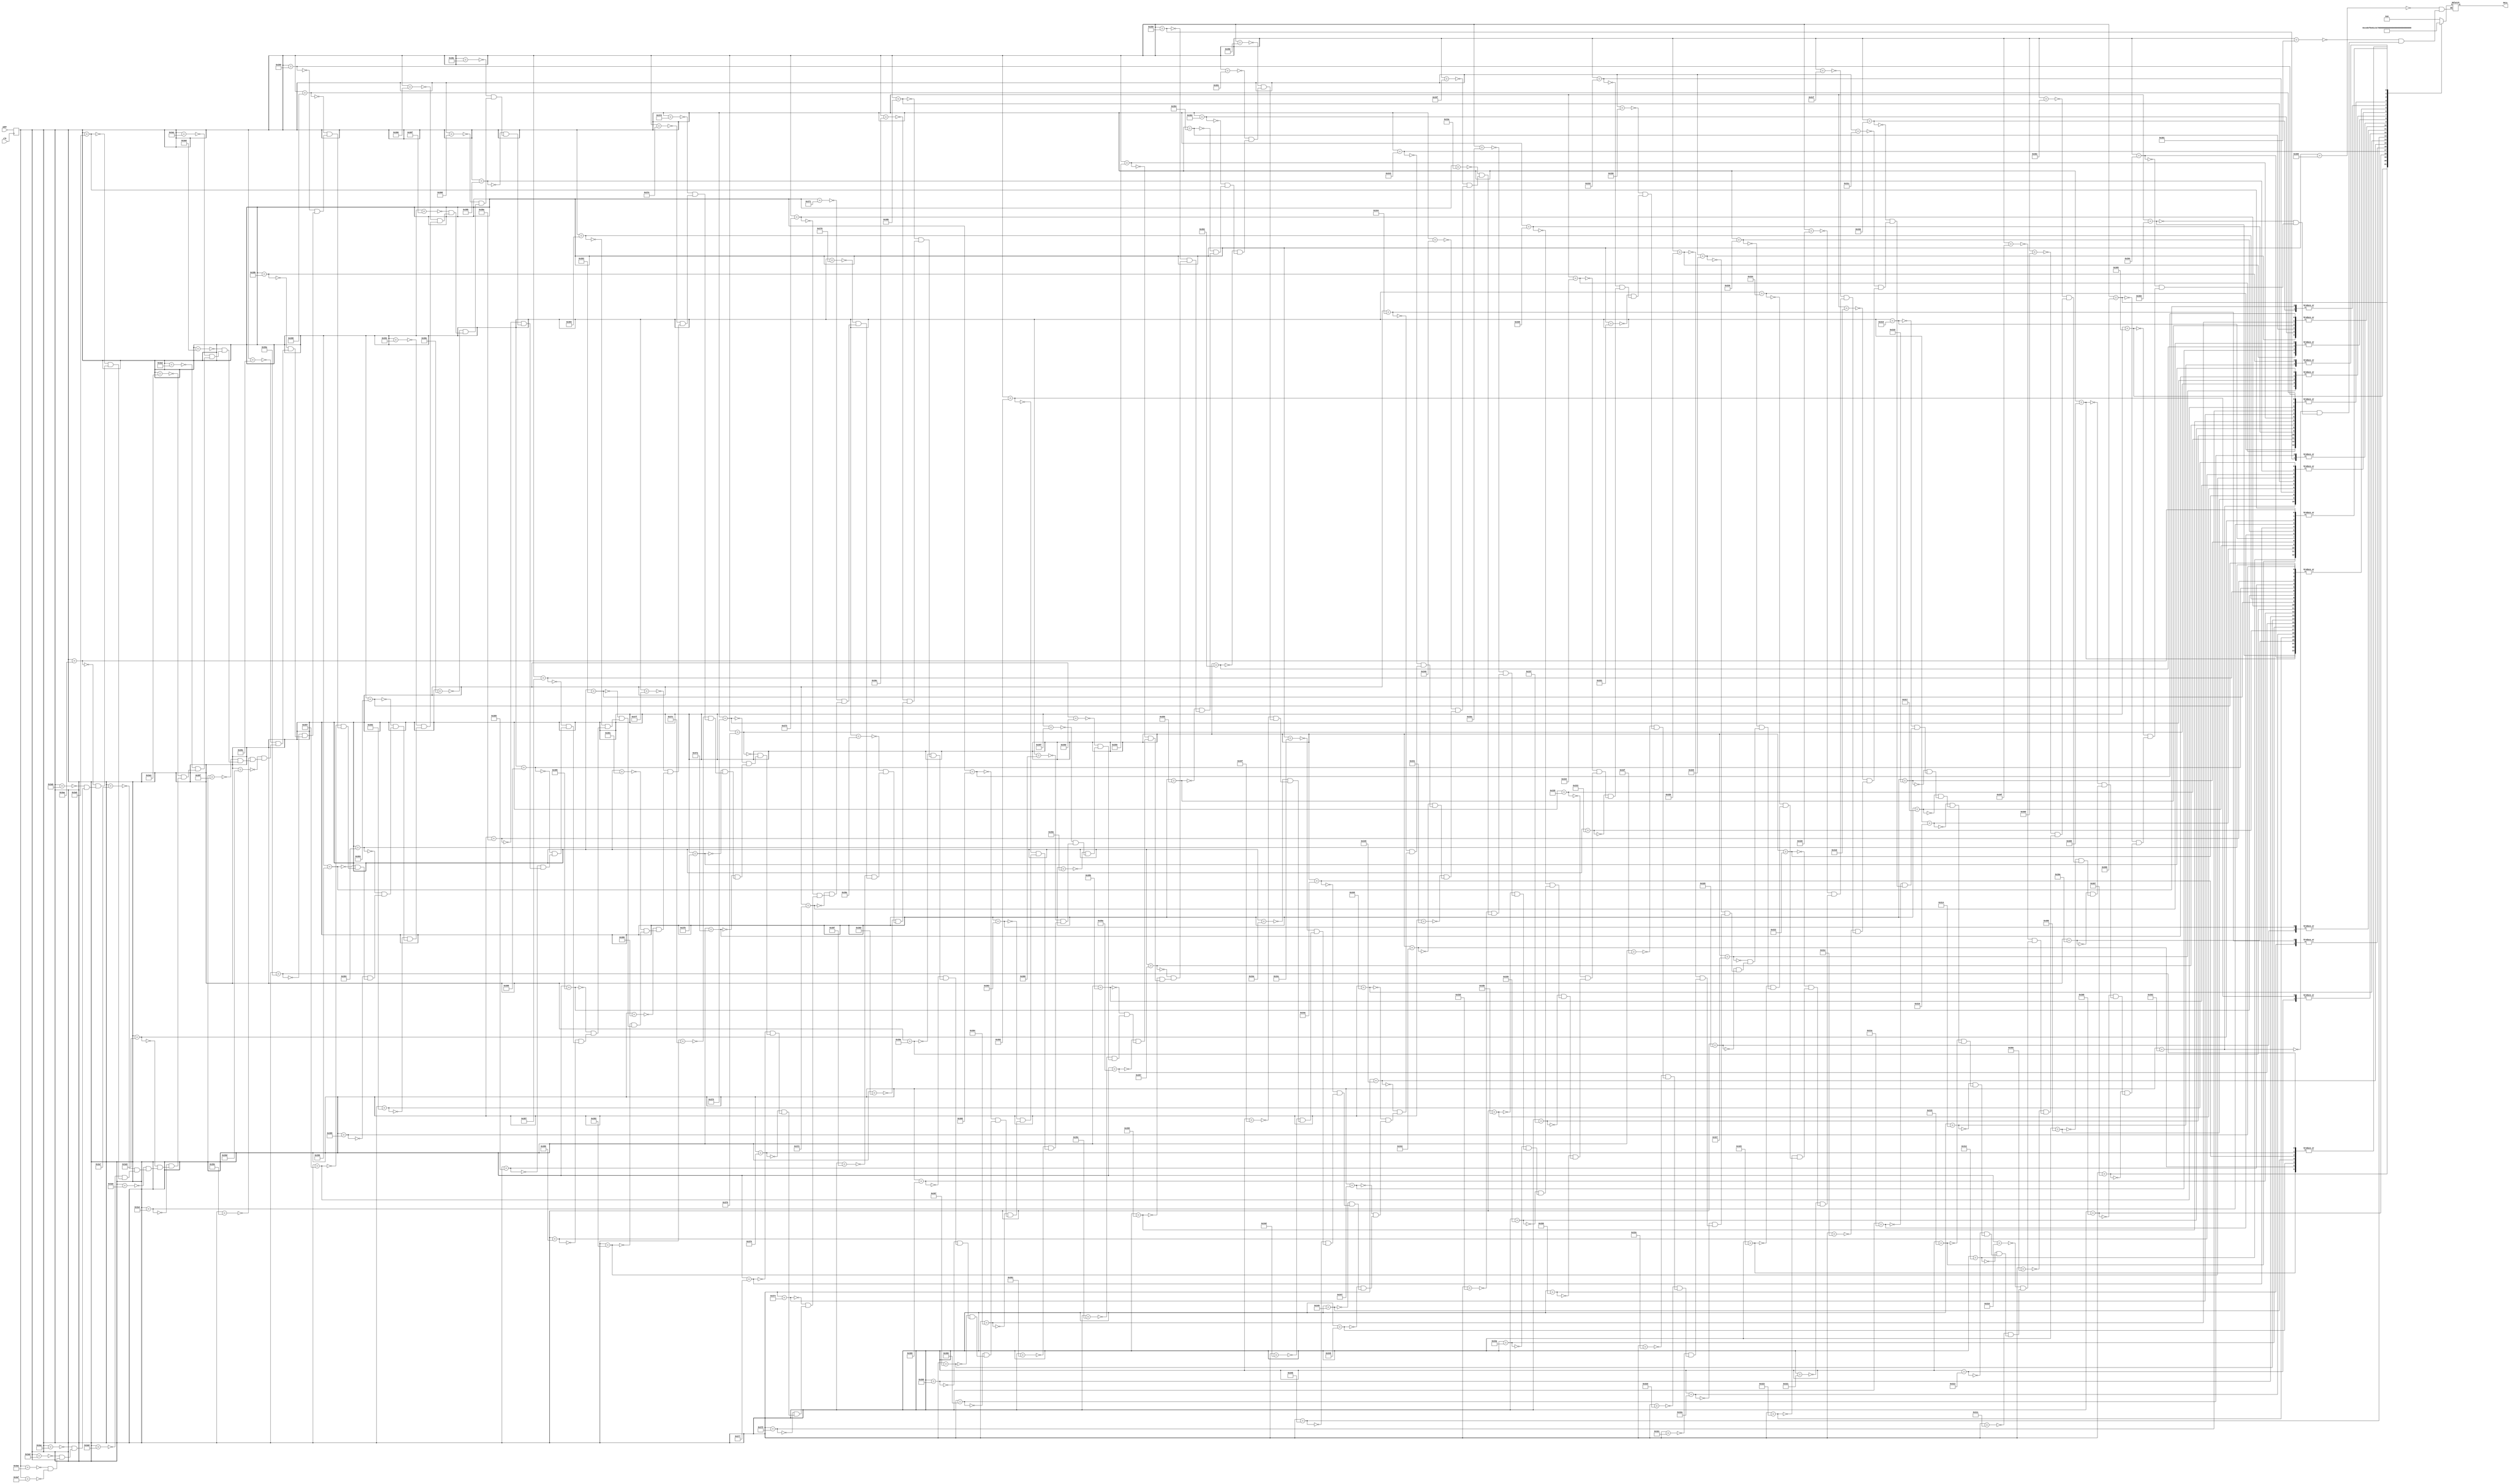
`timescale 1ns / 1ps
//////////////////////////////////////////////////////////////////////////////////
// Company: 
// Engineer: 
// 
// Design Name: 
// Module Name: num_rom
// Project Name: 
// Target Devices: 
// Tool Versions: 
// Description: // ROM with synchonous read (inferring Block RAM)
// character ROM
//  - 8-by-16 (8-by-2^4) font
//  - 11 characters (0-9, :)
//  - ROM size: 11-by-8-by-16 bits
//              1.4K bits: <1 BRAM
// 
// Dependencies: 
// 
// Revision:
// Revision 0.01 - File Created
// Additional Comments:
// 
//////////////////////////////////////////////////////////////////////////////////


module num_rom
   (
    input wire clk,
    input wire [10:0] addr, //[10:4] for ASCII char code, [3:0] for choosing what row to read on a given character code  
    output reg [7:0] data
   );
   (* rom_style = "block" *)	// Infer BRAM
   
   // signal declaration
   reg [10:0] addr_reg; 

   // body
   always @(posedge clk) 
      addr_reg <= addr;
      
   always @*
      case (addr_reg)
         //code x30
         11'h300: data = 8'b00000000; // 
         11'h301: data = 8'b00000000; // 
         11'h302: data = 8'b01111100; //  *****
         11'h303: data = 8'b11000110; // **   **
         11'h304: data = 8'b11000110; // **   **
         11'h305: data = 8'b11001110; // **  ***
         11'h306: data = 8'b11011110; // ** ****
         11'h307: data = 8'b11110110; // **** **
         11'h308: data = 8'b11100110; // ***  **
         11'h309: data = 8'b11000110; // **   **
         11'h30a: data = 8'b11000110; // **   **
         11'h30b: data = 8'b01111100; //  *****
         11'h30c: data = 8'b00000000; // 
         11'h30d: data = 8'b00000000; // 
         11'h30e: data = 8'b00000000; // 
         11'h30f: data = 8'b00000000; // 
         //code x31
         11'h310: data = 8'b00000000; // 
         11'h311: data = 8'b00000000; // 
         11'h312: data = 8'b00011000; // 
         11'h313: data = 8'b00111000; // 
         11'h314: data = 8'b01111000; //    **
         11'h315: data = 8'b00011000; //   ***
         11'h316: data = 8'b00011000; //  ****
         11'h317: data = 8'b00011000; //    **
         11'h318: data = 8'b00011000; //    **
         11'h319: data = 8'b00011000; //    **
         11'h31a: data = 8'b00011000; //    **
         11'h31b: data = 8'b01111110; //    **
         11'h31c: data = 8'b00000000; //    **
         11'h31d: data = 8'b00000000; //  ******
         11'h31e: data = 8'b00000000; // 
         11'h31f: data = 8'b00000000; // 
         //code x32
         11'h320: data = 8'b00000000; // 
         11'h321: data = 8'b00000000; // 
         11'h322: data = 8'b01111100; //  *****
         11'h323: data = 8'b11000110; // **   **
         11'h324: data = 8'b00000110; //      **
         11'h325: data = 8'b00001100; //     **
         11'h326: data = 8'b00011000; //    **
         11'h327: data = 8'b00110000; //   **
         11'h328: data = 8'b01100000; //  **
         11'h329: data = 8'b11000000; // **
         11'h32a: data = 8'b11000110; // **   **
         11'h32b: data = 8'b11111110; // *******
         11'h32c: data = 8'b00000000; // 
         11'h32d: data = 8'b00000000; // 
         11'h32e: data = 8'b00000000; // 
         11'h32f: data = 8'b00000000; // 
         //code x33
         11'h330: data = 8'b00000000; // 
         11'h331: data = 8'b00000000; // 
         11'h332: data = 8'b01111100; //  *****
         11'h333: data = 8'b11000110; // **   **
         11'h334: data = 8'b00000110; //      **
         11'h335: data = 8'b00000110; //      **
         11'h336: data = 8'b00111100; //   ****
         11'h337: data = 8'b00000110; //      **
         11'h338: data = 8'b00000110; //      **
         11'h339: data = 8'b00000110; //      **
         11'h33a: data = 8'b11000110; // **   **
         11'h33b: data = 8'b01111100; //  *****
         11'h33c: data = 8'b00000000; // 
         11'h33d: data = 8'b00000000; // 
         11'h33e: data = 8'b00000000; // 
         11'h33f: data = 8'b00000000; // 
         //code x34
         11'h340: data = 8'b00000000; // 
         11'h341: data = 8'b00000000; // 
         11'h342: data = 8'b00001100; //     **
         11'h343: data = 8'b00011100; //    ***
         11'h344: data = 8'b00111100; //   ****
         11'h345: data = 8'b01101100; //  ** **
         11'h346: data = 8'b11001100; // **  **
         11'h347: data = 8'b11111110; // *******
         11'h348: data = 8'b00001100; //     **
         11'h349: data = 8'b00001100; //     **
         11'h34a: data = 8'b00001100; //     **
         11'h34b: data = 8'b00011110; //    ****
         11'h34c: data = 8'b00000000; // 
         11'h34d: data = 8'b00000000; // 
         11'h34e: data = 8'b00000000; // 
         11'h34f: data = 8'b00000000; // 
         //code x35
         11'h350: data = 8'b00000000; // 
         11'h351: data = 8'b00000000; // 
         11'h352: data = 8'b11111110; // *******
         11'h353: data = 8'b11000000; // **
         11'h354: data = 8'b11000000; // **
         11'h355: data = 8'b11000000; // **
         11'h356: data = 8'b11111100; // ******
         11'h357: data = 8'b00000110; //      **
         11'h358: data = 8'b00000110; //      **
         11'h359: data = 8'b00000110; //      **
         11'h35a: data = 8'b11000110; // **   **
         11'h35b: data = 8'b01111100; //  *****
         11'h35c: data = 8'b00000000; // 
         11'h35d: data = 8'b00000000; // 
         11'h35e: data = 8'b00000000; // 
         11'h35f: data = 8'b00000000; // 
         //code x36
         11'h360: data = 8'b00000000; // 
         11'h361: data = 8'b00000000; // 
         11'h362: data = 8'b00111000; //   ***
         11'h363: data = 8'b01100000; //  **
         11'h364: data = 8'b11000000; // **
         11'h365: data = 8'b11000000; // **
         11'h366: data = 8'b11111100; // ******
         11'h367: data = 8'b11000110; // **   **
         11'h368: data = 8'b11000110; // **   **
         11'h369: data = 8'b11000110; // **   **
         11'h36a: data = 8'b11000110; // **   **
         11'h36b: data = 8'b01111100; //  *****
         11'h36c: data = 8'b00000000; // 
         11'h36d: data = 8'b00000000; // 
         11'h36e: data = 8'b00000000; // 
         11'h36f: data = 8'b00000000; // 
         //code x37
         11'h370: data = 8'b00000000; // 
         11'h371: data = 8'b00000000; // 
         11'h372: data = 8'b11111110; // *******
         11'h373: data = 8'b11000110; // **   **
         11'h374: data = 8'b00000110; //      **
         11'h375: data = 8'b00000110; //      **
         11'h376: data = 8'b00001100; //     **
         11'h377: data = 8'b00011000; //    **
         11'h378: data = 8'b00110000; //   **
         11'h379: data = 8'b00110000; //   **
         11'h37a: data = 8'b00110000; //   **
         11'h37b: data = 8'b00110000; //   **
         11'h37c: data = 8'b00000000; // 
         11'h37d: data = 8'b00000000; // 
         11'h37e: data = 8'b00000000; // 
         11'h37f: data = 8'b00000000; // 
         //code x38
         11'h380: data = 8'b00000000; // 
         11'h381: data = 8'b00000000; // 
         11'h382: data = 8'b01111100; //  *****
         11'h383: data = 8'b11000110; // **   **
         11'h384: data = 8'b11000110; // **   **
         11'h385: data = 8'b11000110; // **   **
         11'h386: data = 8'b01111100; //  *****
         11'h387: data = 8'b11000110; // **   **
         11'h388: data = 8'b11000110; // **   **
         11'h389: data = 8'b11000110; // **   **
         11'h38a: data = 8'b11000110; // **   **
         11'h38b: data = 8'b01111100; //  *****
         11'h38c: data = 8'b00000000; // 
         11'h38d: data = 8'b00000000; // 
         11'h38e: data = 8'b00000000; // 
         11'h38f: data = 8'b00000000; // 
         //code x39
         11'h390: data = 8'b00000000; // 
         11'h391: data = 8'b00000000; // 
         11'h392: data = 8'b01111100; //  *****
         11'h393: data = 8'b11000110; // **   **
         11'h394: data = 8'b11000110; // **   **
         11'h395: data = 8'b11000110; // **   **
         11'h396: data = 8'b01111110; //  ******
         11'h397: data = 8'b00000110; //      **
         11'h398: data = 8'b00000110; //      **
         11'h399: data = 8'b00000110; //      **
         11'h39a: data = 8'b00001100; //     **
         11'h39b: data = 8'b01111000; //  ****
         11'h39c: data = 8'b00000000; // 
         11'h39d: data = 8'b00000000; // 
         11'h39e: data = 8'b00000000; // 
         11'h39f: data = 8'b00000000; // 
         //code x3a 
         11'h3a0: data = 8'b00000000; // 
         11'h3a1: data = 8'b00000000; // 
         11'h3a2: data = 8'b00000000; // 
         11'h3a3: data = 8'b00000000; // 
         11'h3a4: data = 8'b00011000; //    **
         11'h3a5: data = 8'b00011000; //    **
         11'h3a6: data = 8'b00000000; // 
         11'h3a7: data = 8'b00000000; // 
         11'h3a8: data = 8'b00000000; // 
         11'h3a9: data = 8'b00011000; //    **
         11'h3aa: data = 8'b00011000; //    **
         11'h3ab: data = 8'b00000000; // 
         11'h3ac: data = 8'b00000000; // 
         11'h3ad: data = 8'b00000000; // 
         11'h3ae: data = 8'b00000000; // 
         11'h3af: data = 8'b00000000; // 
 
   endcase  
   	       
endmodule